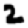
Digit: 2